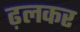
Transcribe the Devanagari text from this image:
ढ़लकर